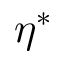
\eta ^ { * }